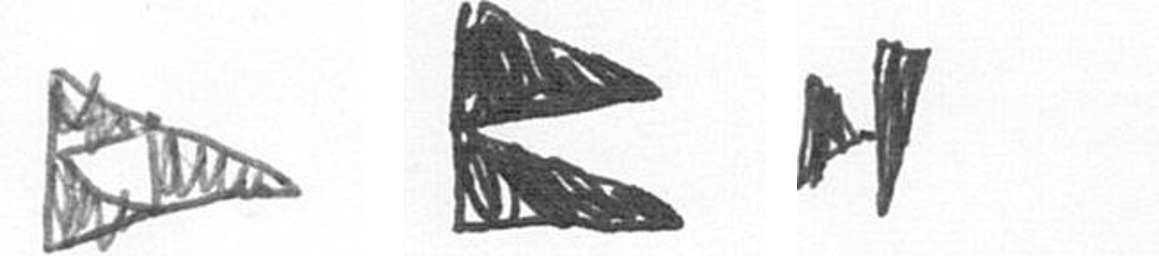
K P M